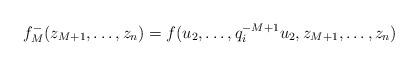
LaTeX: \begin{align*} f^-_M(z_{M+1},\dots,z_n) = f(u_2, \dots, q_i^{-M+1} u_2, z_{M+1},\dots, z_n) \end{align*}